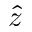
\hat { z }